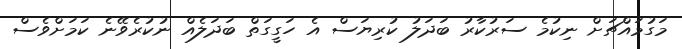
މަގުމައްޗަށް ނިކުމެ ސަރުކާރު ބަދަލު ކުރިޔަސް އެ ހަގީގަތް ބަދަލެއް ނުކުރެވޭނެ ކަމަށްވެސް